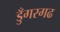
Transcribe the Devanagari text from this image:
डुँगरगढ